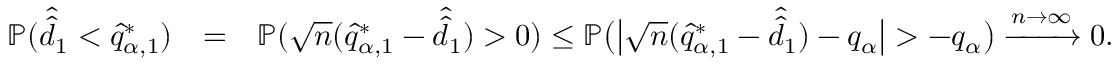
\begin{array} { r l r } { \mathbb { P } ( \hat { \hat { d } } _ { 1 } < \hat { q } _ { \alpha , 1 } ^ { * } ) } & { = } & { \mathbb { P } ( \sqrt { n } ( \hat { q } _ { \alpha , 1 } ^ { * } - \hat { \hat { d } } _ { 1 } ) > 0 ) \leq \mathbb { P } \big ( \big | { \sqrt { n } ( \hat { q } _ { \alpha , 1 } ^ { * } - \hat { \hat { d } } _ { 1 } ) - q _ { \alpha } } \big | > - q _ { \alpha } \big ) \xrightarrow { n \to \infty } 0 . } \end{array}